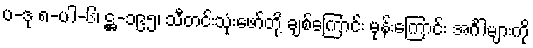
ပ-ဒု ၈-ပါ-၆၊ ဋ္ဌ-၁၉၅၊ သီတင်းသုံးဖော်တို့ ချစ်ကြောင်း မုန်းကြောင်း အင်္ဂါများကို